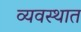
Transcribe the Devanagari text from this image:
व्यवस्थात